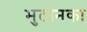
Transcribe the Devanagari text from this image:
भुटानका